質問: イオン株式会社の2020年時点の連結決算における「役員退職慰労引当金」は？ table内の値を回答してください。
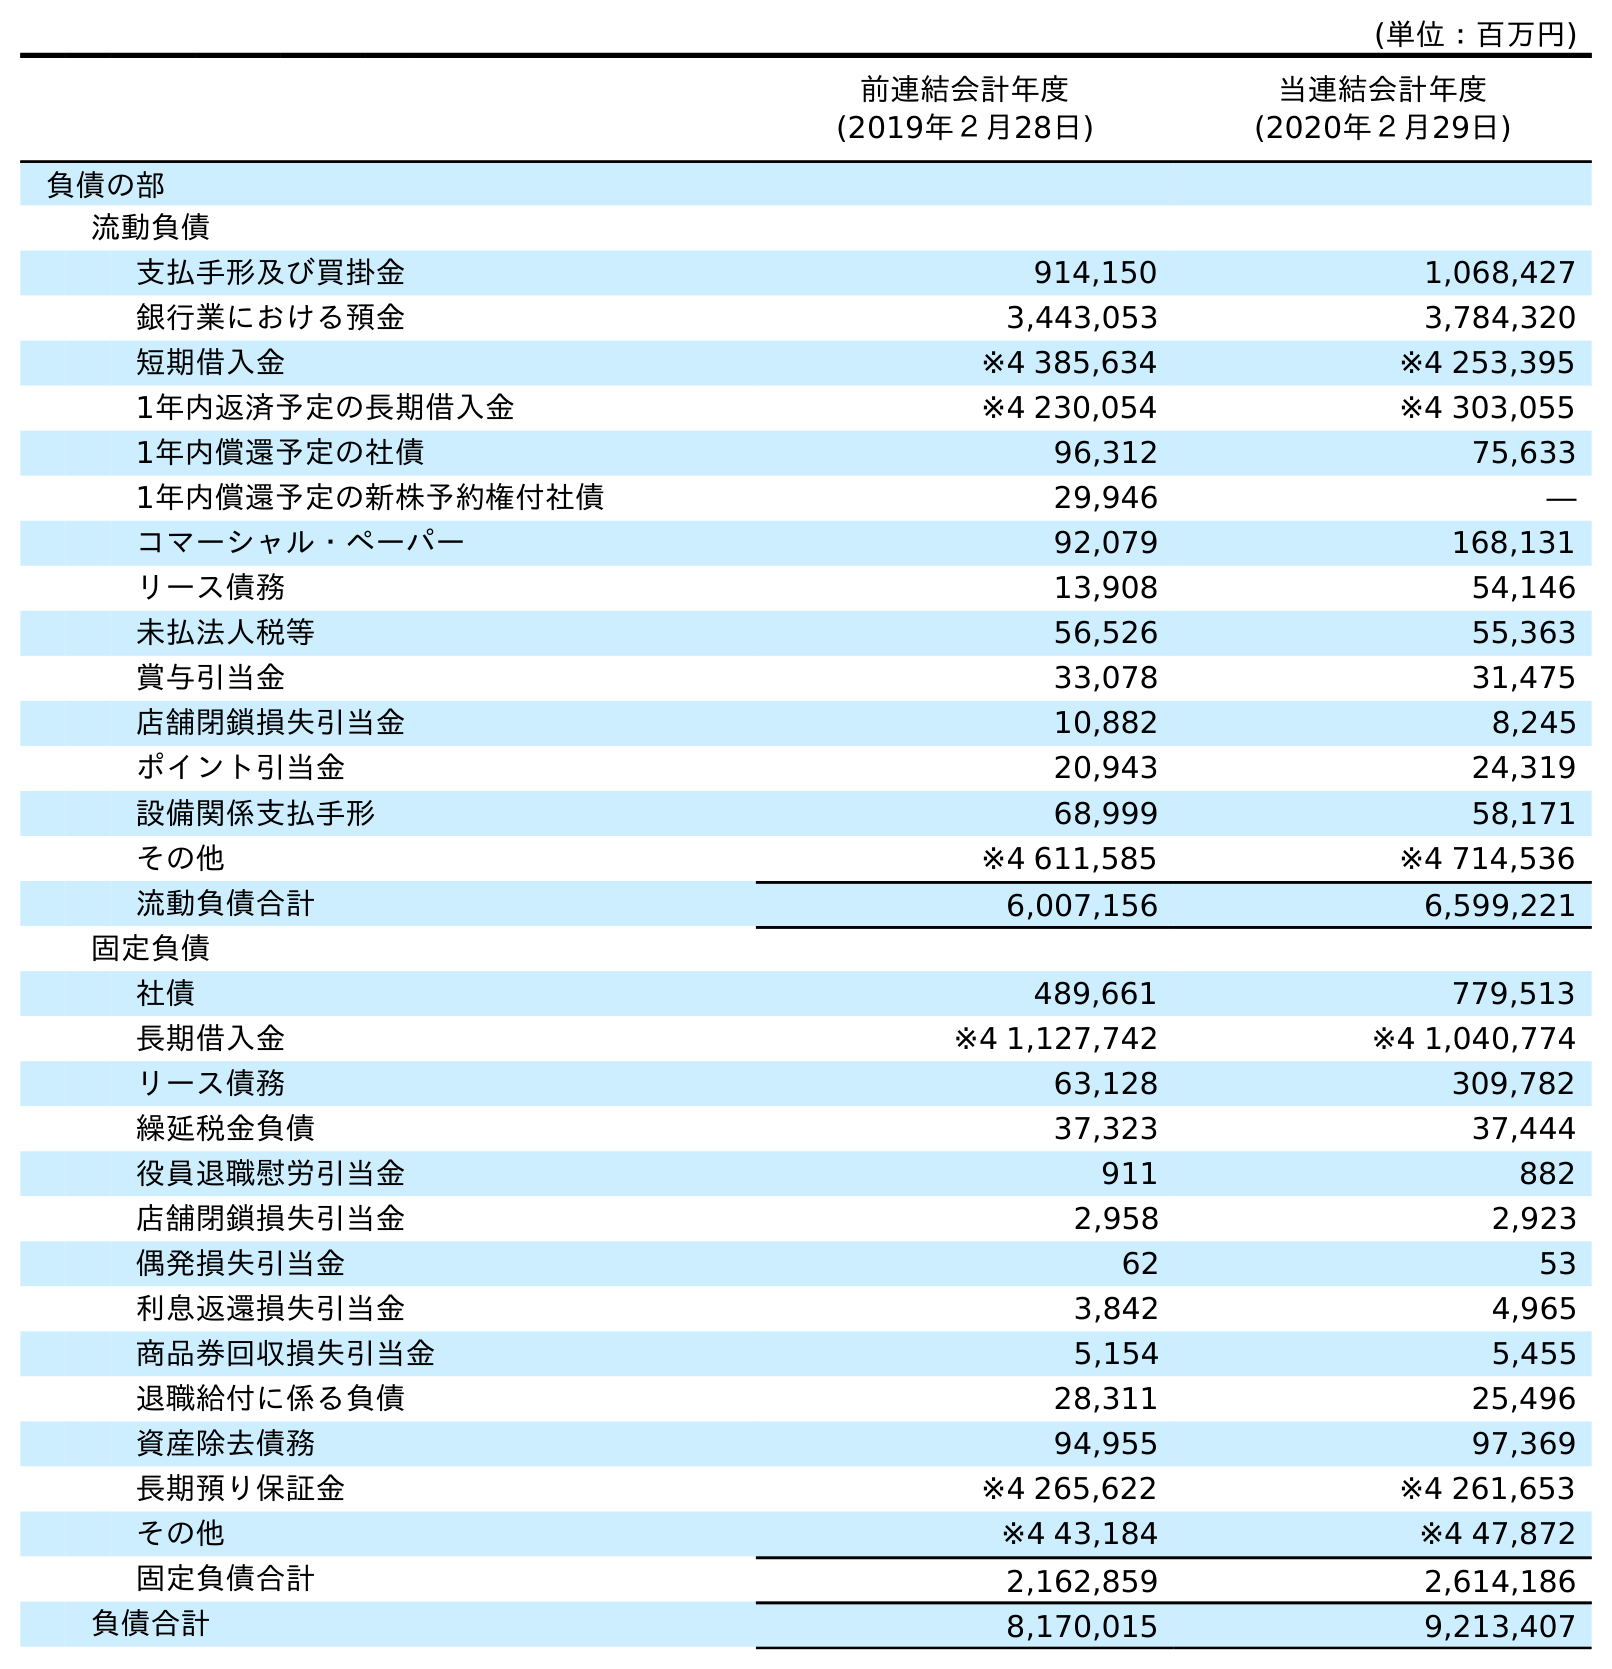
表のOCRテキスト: (単位：百万円) 前連結会計年度 (2019年２月28日) 当連結会計年度 (2020年２月29日) 負債の部 流動負債 支払手形及び買掛金 914,150 1,068,427 銀行業における預金 3,443,053 3,784,320 短期借入金 ※4 385,634 ※4 253,395 1年内返済予定の長期借入金 ※4 230,054 ※4 303,055 1年内償還予定の社債 96,312 75,633 1年内償還予定の新株予約権付社債 29,946 ― コマーシャル・ペーパー 92,079 168,131 リース債務 13,908 54,146 未払法人税等 56,526 55,363 賞与引当金 33,078 31,475 店舗閉鎖損失引当金 10,882 8,245 ポイント引当金 20,943 24,319 設備関係支払手形 68,999 58,171 その他 ※4 611,585 ※4 714,536 流動負債合計 6,007,156 6,599,221 固定負債 社債 489,661 779,513 長期借入金 ※4 1,127,742 ※4 1,040,774 リース債務 63,128 309,782 繰延税金負債 37,323 37,444 役員退職慰労引当金 911 882 店舗閉鎖損失引当金 2,958 2,923 偶発損失引当金 62 53 利息返還損失引当金 3,842 4,965 商品券回収損失引当金 5,154 5,455 退職給付に係る負債 28,311 25,496 資産除去債務 94,955 97,369 長期預り保証金 ※4 265,622 ※4 261,653 その他 ※4 43,184 ※4 47,872 固定負債合計 2,162,859 2,614,186 負債合計 8,170,015 9,213,407
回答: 882